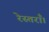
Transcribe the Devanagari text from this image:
रेस्तराँ।